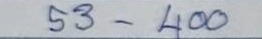
53 - 400